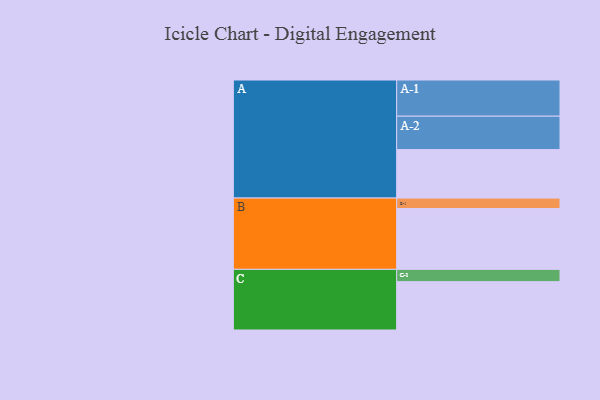
{"axis": {"x": "Segment", "y": "Value"}, "legend": ["", "A", "B", "C"], "data": [{"x": "A", "y": 315, "type": ""}, {"x": "B", "y": 395, "type": ""}, {"x": "C", "y": 314, "type": ""}, {"x": "A-1", "y": 235, "type": "A"}, {"x": "A-2", "y": 217, "type": "A"}, {"x": "B-1", "y": 68, "type": "B"}, {"x": "C-1", "y": 80, "type": "C"}]}